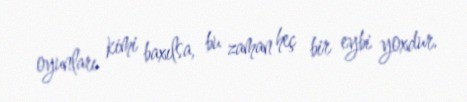
oyunları kimi baxılsa, bu zaman heç bir eybi yoxdur.